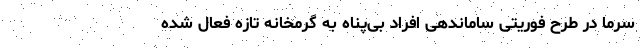
سرما در طرح فوریتی ساماندهی افراد بی‌پناه به گرمخانه تازه فعال شده